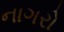
નાગરો